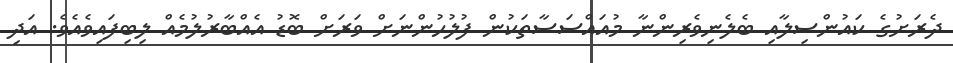
ދެރަށުގެ ކައުންސިލާއި ބެލެނިވެރިންނާ މުއައްސަސާތަކުން ފުލުހުންނަށް ވަރަށް ބޮޑު އެއްބާރުލުމެއް ލިބިފައިވެއެވެ. އަދި